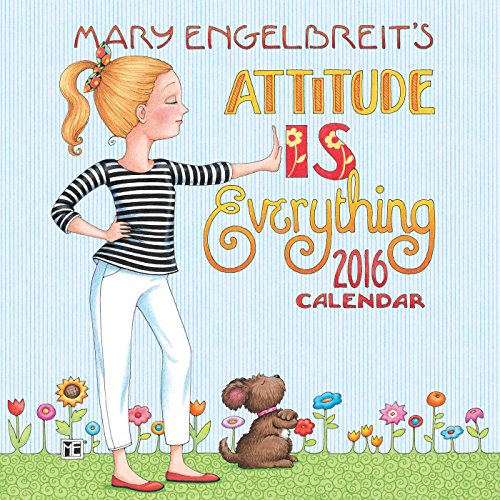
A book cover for Mary Engelbreit 2016 Mini Wall Calendar: Attitude Is Everything; Mary Engelbreit; Calendars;